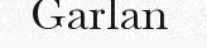
Garlan